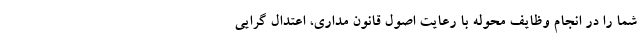
شما را در انجام وظایف محوله با رعایت اصول قانون مداری، اعتدال گرایی